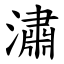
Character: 潚